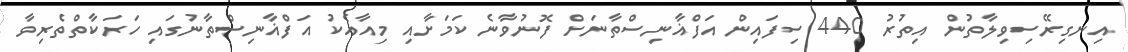
އިނގިރޭސިވިލާތުން އިތުރު 440 ސިފައިން އަފްޣާނިސްތާނަށް ފޮނުވާނެ ކަމަށާއި މިއާއެކު އަފްޣާނިސްތާނުގައި ހަރަކާތްތެރިވާ